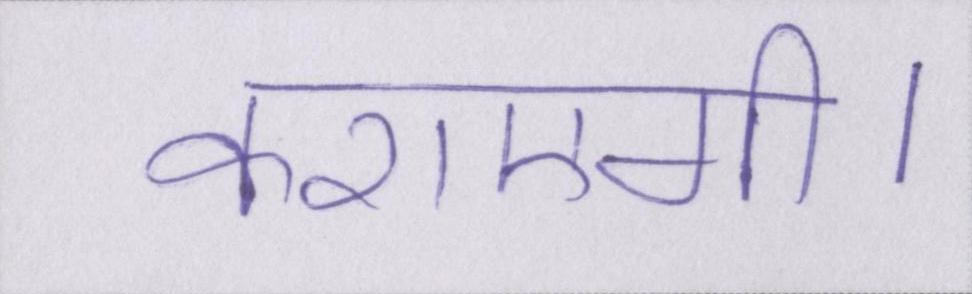
कराएगी।